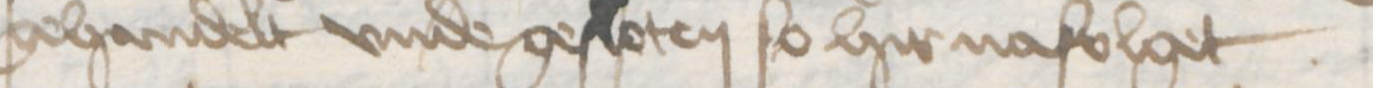
Transcription: gehandelt vnde gesloten so hier nafolget